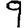
Digit: 9